Madras plague regulations in force outside the Presidency town - Volume 2
Disease focus: Plague
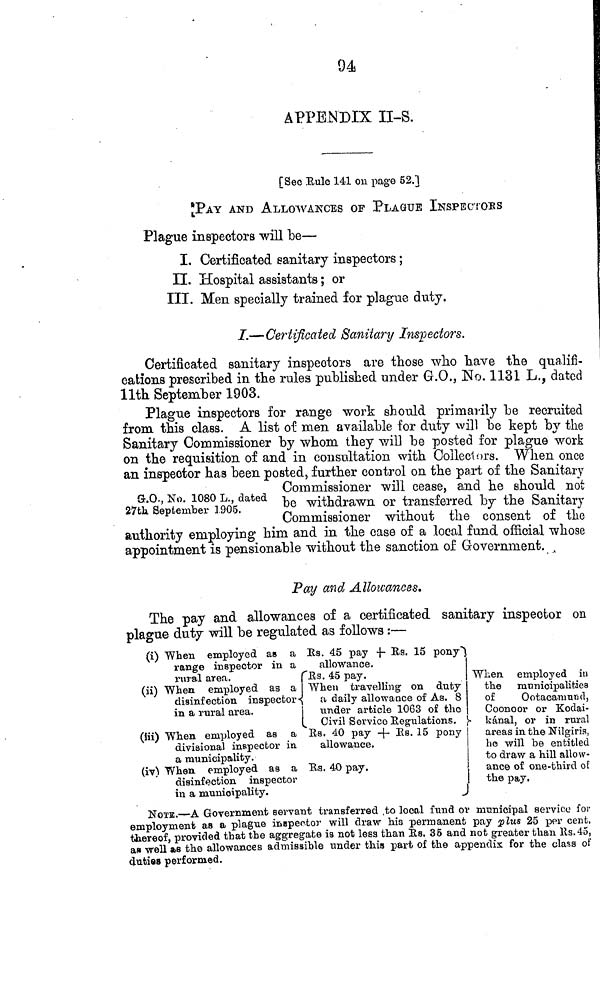
94
APPENDIX II-S.
[See Rule 141 011 page 52.1
"PAY AND ALLOWANCES OF PLAgUE INSPECTORS
Plague inspectors will be—
I. Certificated sanitary inspectors ;
II. Hospital assistants ; or
III. Men specially trained for plague duty.
I.—Certificated Sanitary Inspectors.
Certificated sanitary inspectors are those who have the qualifi-
cations prescribed in the rules published under G.O., No. 1131 L., dated
llth September 1903.
Plague inspectors for range work should primarily be recruited
from this class. A list of men available for duty will be kept by the
Sanitary Commissioner by whom they will be posted for plague work
on the requisition of and in constatation with Collectors. When once
an inspector has been posted, further control on the part of the Sanitary
Commissioner will cease, and he should not
27th September 1905. be withdrawn or transferred by the Sanitary
Commissioner without the consent of the
authority employing him and in the case of a local fund official whose
appointment is pensionable without the sanction of Government.
Pay and Allowances.
The pay and allowances of a certificated sanitary inspector on
plague duty will be regulated as follows :—
(i)
(iii)
(iii)
(iv)
When employed as a
range inspector in a
rural area.
When employed as a
disinfection inspector «
in a rural area.
When employed as a
divisional inspector in.
a municipality.
When employed as a
disinfection inspector
in a municipality.
Rs. 45 pay + Rs. 15 pony
allowance.
Rs. 45 pay.
When travelling on duty
a daily allowance of As. 8
under article 1063 of the
Civil Sevvico Regulations.
Rs. 40 pay + Rs. 15 pony
allowance.
Rs. 40 pay.
When, employed in
the municipalities
of
Ootacamund,
Coonoor or Kodai-
kánal, or in rural
areas in the Nilgiris,
he will be entitled
to draw a hill allow-
ance of one -third of
the pay.
NOTE.—A Government servant transferred ,to local fund or municipal service for
employment as a plague inspector will draw his permanent pay plus 25 per cent.
thereof, provided that the aggregate is not less than Rs. 35 and not greater than Rs. 45,
as well as the allowances admissible under this part of the appendix for the class of
duties performed.